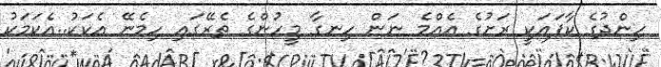
ހިންދުގެ ކާފައަކީ ރަށުގެ އެއްމެ ނަން ހިނގާ މީހުންގެ ތެރޭގައި ހިމެނޭ އެކަކު..އެކަމަކު